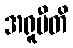
အရူပီတိ